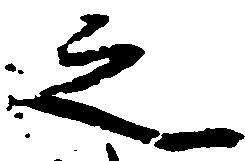
之